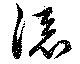
添